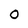
Character: O